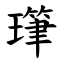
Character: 㻶